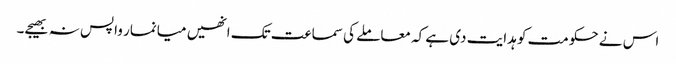
اس نے حکومت کو ہدایت دی ہے کہ معاملے کی سماعت تک انھیں میانمار واپس نہ بھیجے۔